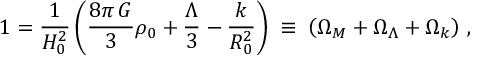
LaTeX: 1 = \frac { 1 } { H _ { 0 } ^ { 2 } } \left( \frac { 8 \pi \, G } { 3 } \rho _ { 0 } + \frac { \Lambda } { 3 } - \frac { k } { R _ { 0 } ^ { 2 } } \right) \; \equiv \; \left( \Omega _ { M } + \Omega _ { \Lambda } + \Omega _ { k } \right) \, ,